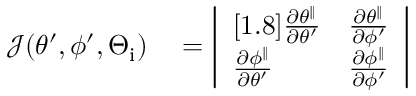
\begin{array} { r l } { \mathcal { J } ( \theta ^ { \prime } , \phi ^ { \prime } , \Theta _ { \mathrm { i } } ) } & { { } = \left| \begin{array} { l l } { [ 1 . 8 ] \frac { \partial \theta ^ { \parallel } } { \partial \theta ^ { \prime } } } & { \frac { \partial \theta ^ { \parallel } } { \partial \phi ^ { \prime } } } \\ { \frac { \partial \phi ^ { \parallel } } { \partial \theta ^ { \prime } } } & { \frac { \partial \phi ^ { \parallel } } { \partial \phi ^ { \prime } } } \end{array} \right| } \end{array}